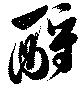
酧